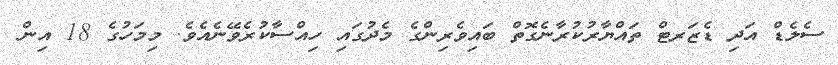
ސެލެޑް އަދި ޑެޒަރޓް ތައްޔާރުކުރާނެގޮތް ބައިވެރިންގެ މެދުގައި ހިއްސާކުރެވޭނެއެވެ. މިމަހުގެ 18 އިން